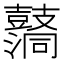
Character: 𪔦